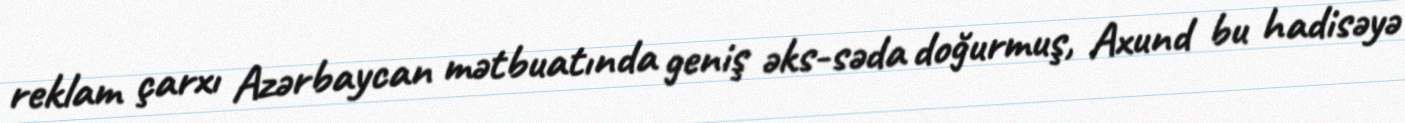
reklam çarxı Azərbaycan mətbuatında geniş əks-səda doğurmuş, Axund bu hadisəyə